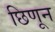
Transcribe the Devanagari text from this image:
छिणून